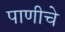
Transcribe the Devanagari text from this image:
पाणीचे